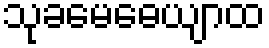
သုခမေဓေယျာထ